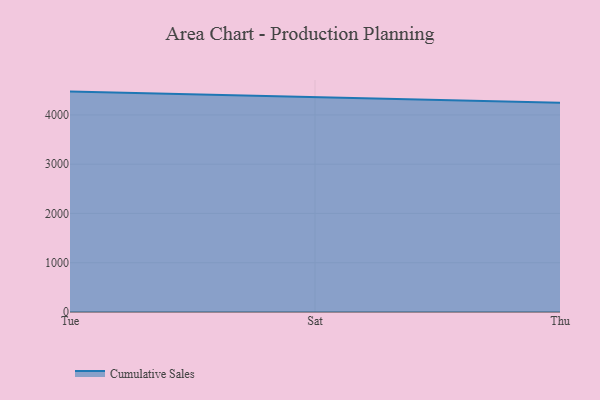
{"axis": {"x": "Day", "y": "Production Output"}, "legend": ["Cumulative Sales"], "data": [{"x": "Tue", "y": 4473.4, "type": "Cumulative Sales"}, {"x": "Sat", "y": 4358.7, "type": "Cumulative Sales"}, {"x": "Thu", "y": 4249.0, "type": "Cumulative Sales"}]}